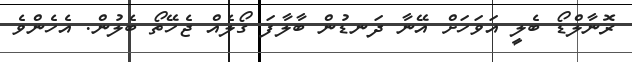
ރޮނާލްޑޯ ބެލީ އަވަހަށް އޭނާ ދަނޑުން ބާލާފަ ގޯލެއް ޖެހޭތޯ ބެލުން. އެހެންވެ